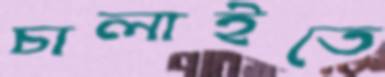
চালাইতে